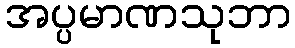
အပ္ပမာဏသုဘာ